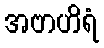
အဗာဟိရံ